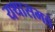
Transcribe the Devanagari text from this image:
यथासभवं